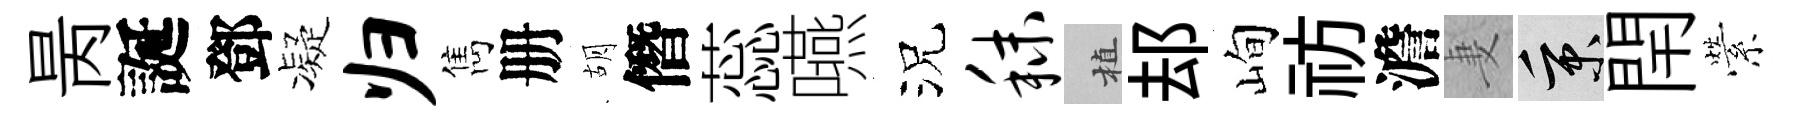
昺誕鄧凝归雋册胡僭蕊嚥況秣植𨚫峋祊澹妻秉閈縈